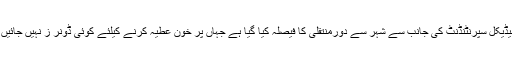
اب میڈیکل سپرنٹنڈنٹ کی جانب سے شہر سے دورمنتقلی کا فیصلہ کیا گیا ہے جہاں پر خون عطیہ کرنے کیلئے کوئی ڈونر ز نہیں جائیں گے۔